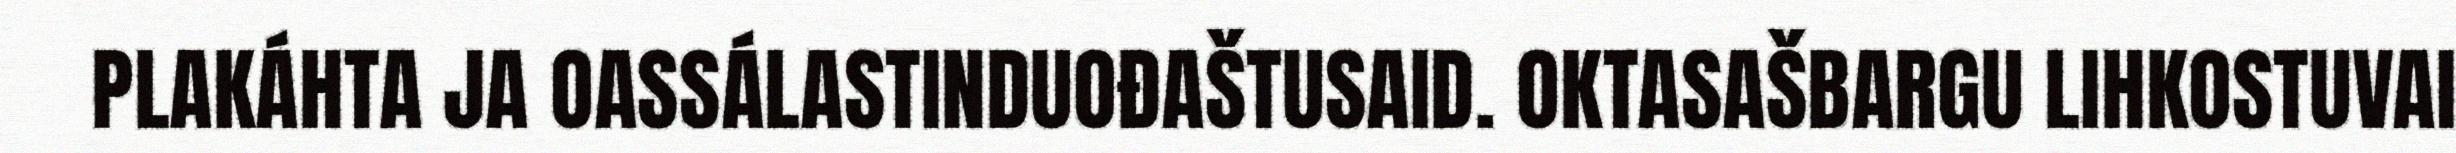
PLAKÁHTA JA OASSÁLASTINDUOĐAŠTUSAID. OKTASAŠBARGU LIHKOSTUVAI